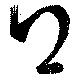
得